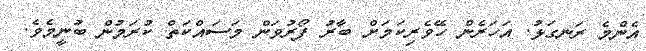
އެންމެ ރަނގަޅު. އަހަރެން ހޭވެރިކަމަށް ބާރު ފޯރުވަން މަސައްކަތް ކުރަމުން ބުނީމެވެ.